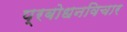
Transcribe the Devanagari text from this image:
प्रबोधनविचार